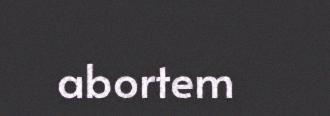
abortem